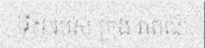
ទី៥ របស់ ក្រុង រាពណ៍